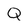
Character: Q